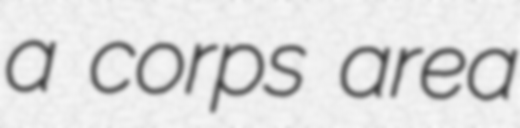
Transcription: a corps area